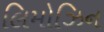
લિમોઝિન